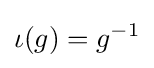
\iota (g)=g^{-1}